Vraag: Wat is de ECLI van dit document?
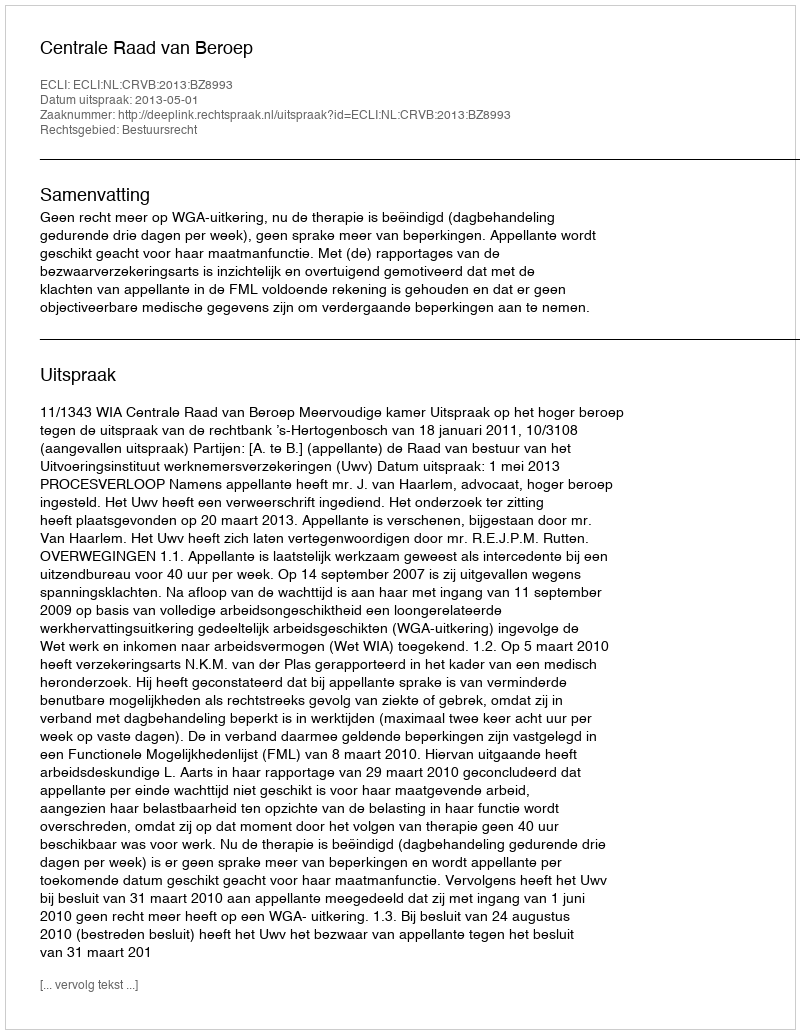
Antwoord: ECLI:NL:CRVB:2013:BZ8993